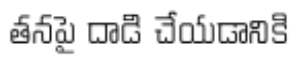
తనపై దాడి చేయడానికి